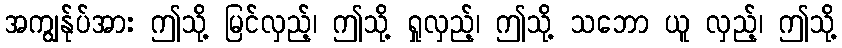
အကျွန်ုပ်အား ဤသို့ မြင်လှည့်၊ ဤသို့ ရှုလှည့်၊ ဤသို့ သဘော ယူ လှည့်၊ ဤသို့